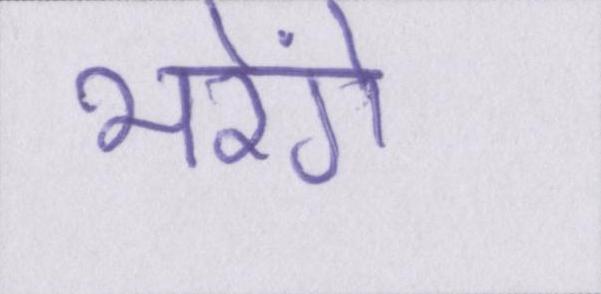
भरेंगे